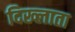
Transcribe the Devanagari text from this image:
दिख्लाता